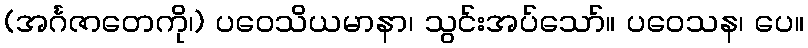
(အင်္ဂဇာတေကို၊) ပဝေသိယမာနာ၊ သွင်းအပ်သော်။ ပဝေသန၊ ပေ။